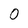
Character: 0